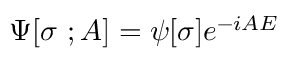
\Psi [ \sigma \ ; A ] = \psi [ \sigma ] e ^ { - i A { \cal E } }